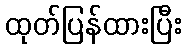
ထုတ်ပြန်ထားပြီး